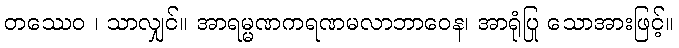
တဿေဝ ၊ သာလျှင်။ အာရမ္မဏကရဏမလာဘာဝေန၊ အာရုံပြု သောအားဖြင့်။